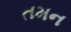
તમન